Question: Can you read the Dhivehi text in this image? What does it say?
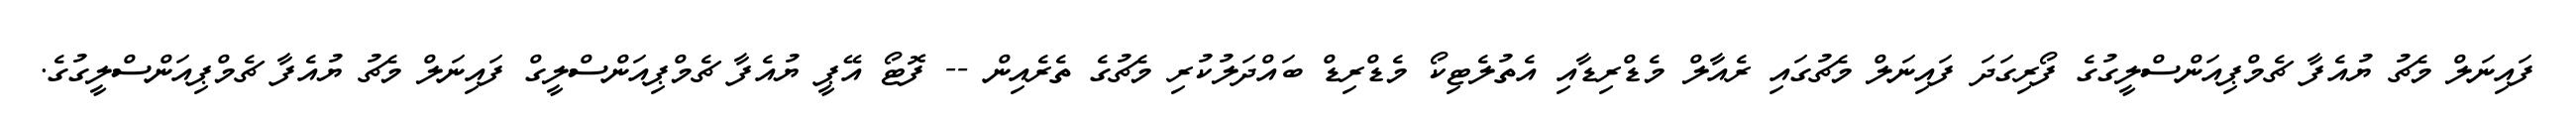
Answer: ފައިނަލް މެޗު ޔުއެފާ ޗެމްޕިއަންސްލީގުގެ ފޯރިގަދަ ފައިނަލް މެޗުގައި ރެއާލް މެޑްރިޑާއި އެތުލެޓިކޯ މެޑްރިޑް ބައްދަލުކުރި މެޗުގެ ތެރެއިން -- ފޮޓޯ އޭޕީ ޔުއެފާ ޗެމްޕިއަންސްލީގް ފައިނަލް މެޗު ޔުއެފާ ޗެމްޕިއަންސްލީގުގެ.